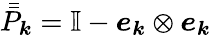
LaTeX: \bar{\bar{P}}_{\boldsymbol{k}}=\mathbb{I}-\boldsymbol{e}_{\boldsymbol{k}}\otimes\boldsymbol{e}_{\boldsymbol{k}}